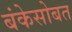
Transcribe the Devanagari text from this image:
बंकेसोबत